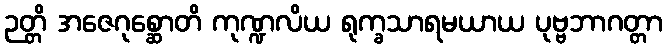
ဉတ္တိ အဇေဂုစ္ဆောတိ ကုဏ္ဍလိယ ရုက္ခသာရမယာယ ပုဗ္ဗဘာဂတ္တာ